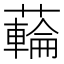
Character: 𮒜